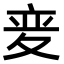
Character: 𫯌